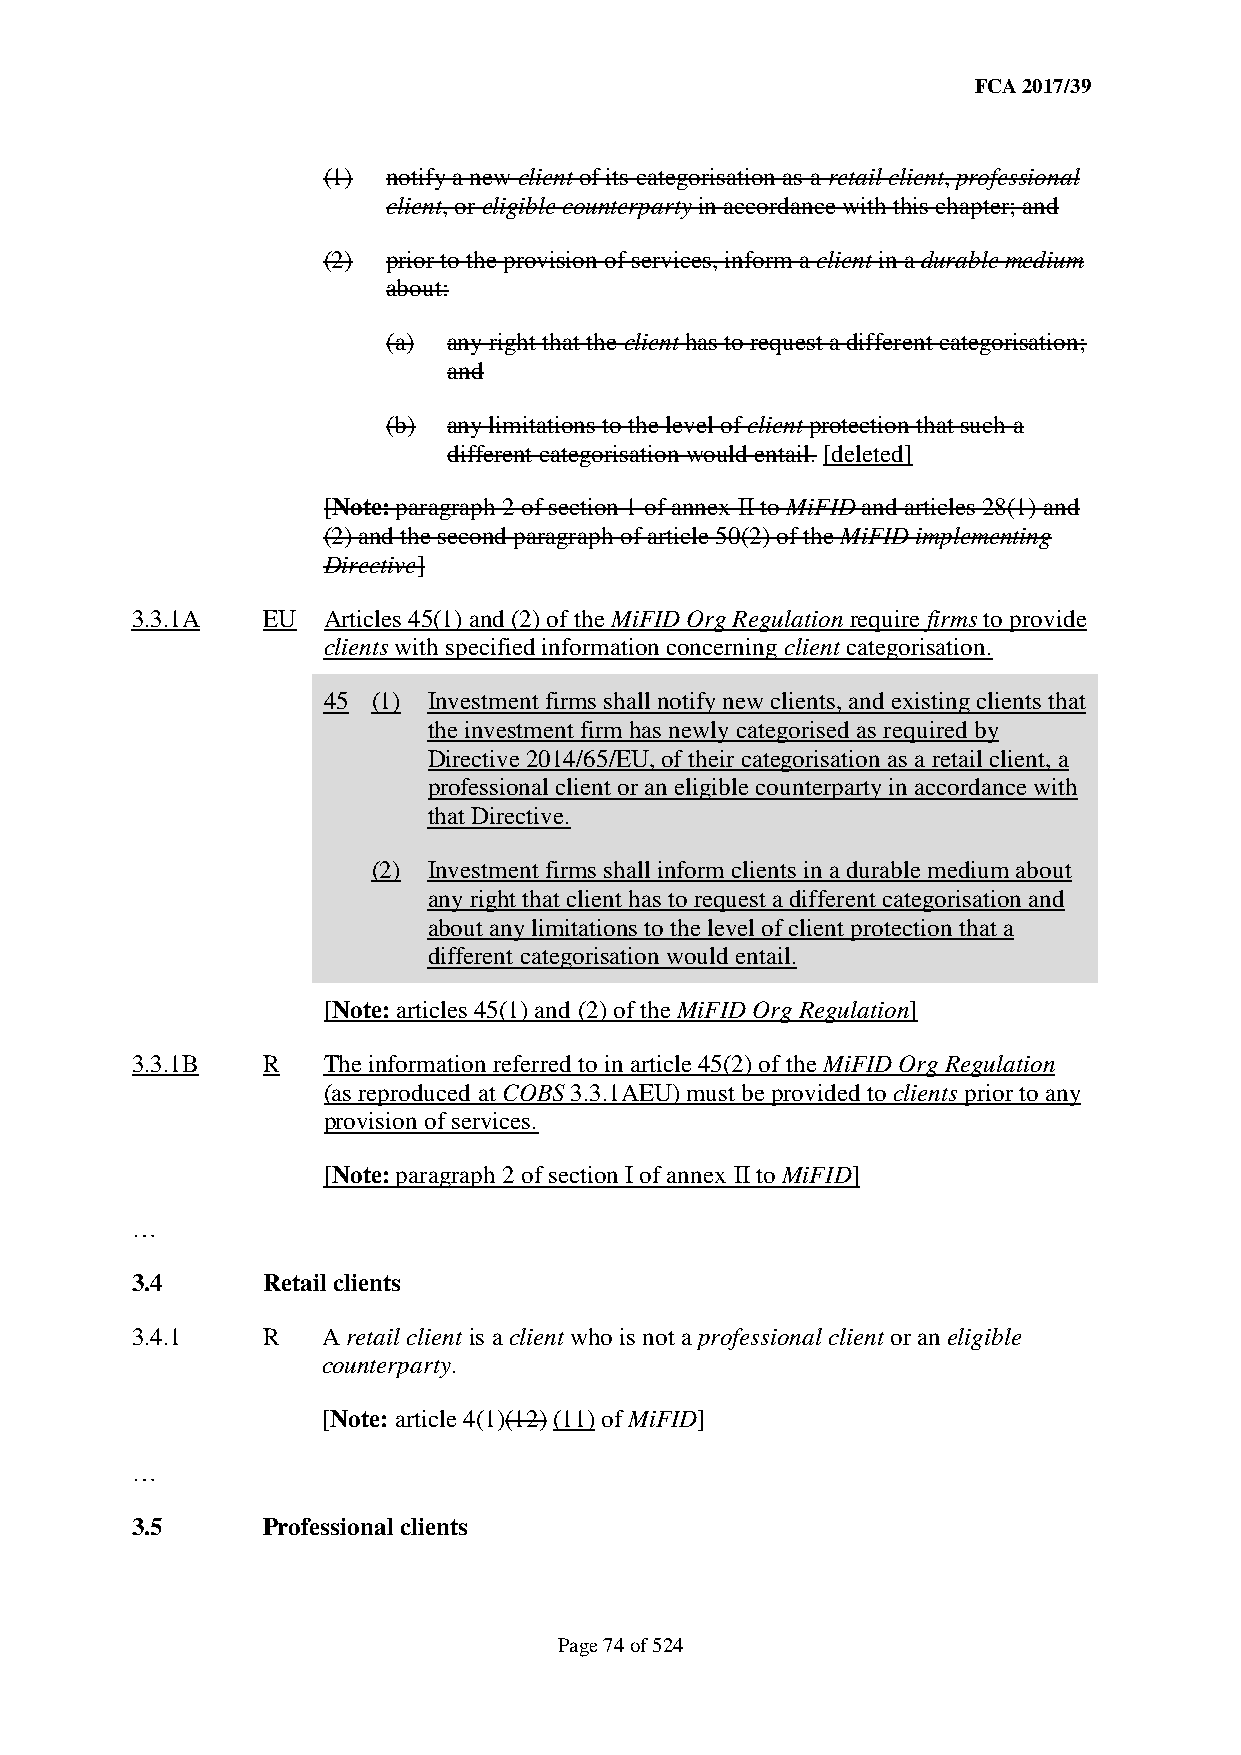
FCA 2017/39
 (1)  notify a new client of its categorisation as a retail client, professional
 client, or eligible counterparty in accordance with this chapter; and
 (2)  prior to the provision of services, inform a client in a durable medium
 about:
 (a) any right that the client has to request a different categorisation;
 and
 (b) any limitations to the level of client protection that such a
 different categorisation would entail. [deleted]
 [Note: paragraph 2 of section 1 of annex II to MiFID and articles 28(1) and
 (2) and the second paragraph of article 50(2) of the MiFID implementing
 Directive]
 3.3.1A  EU  Articles 45(1) and (2) of the MiFID Org Regulation require firms to provide
 clients with specified information concerning client categorisation.
 45  (1) Investment firms shall notify new clients, and existing clients that
 the investment firm has newly categorised as required by
 Directive 2014/65/EU, of their categorisation as a retail client, a
 professional client or an eligible counterparty in accordance with
 that Directive.
 (2) Investment firms shall inform clients in a durable medium about
 any right that client has to request a different categorisation and
 about any limitations to the level of client protection that a
 different categorisation would entail.
 [Note: articles 45(1) and (2) of the MiFID Org Regulation]
 3.3.1B  R   The information referred to in article 45(2) of the MiFID Org Regulation
 (as reproduced at COBS 3.3.1AEU) must be provided to clients prior to any
 provision of services.
 [Note: paragraph 2 of section I of annex II to MiFID]
 …
 3.4     Retail clients
 3.4.1   R   A retail client is a client who is not a professional client or an eligible
 counterparty.
 [Note: article 4(1)(12) (11) of MiFID]
 …
 3.5     Professional clients
 Page 74 of 524